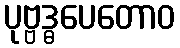
ပုဗ္ဗဒ္ဓပေတောဝ